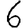
Digit: 6